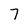
Character: 7